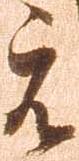
元